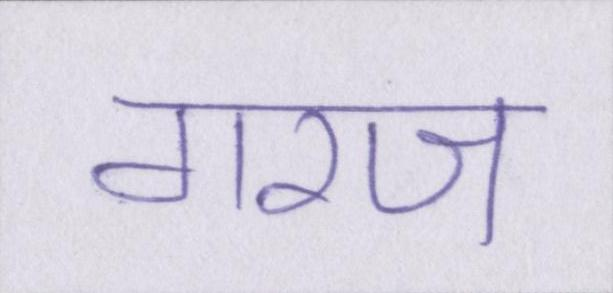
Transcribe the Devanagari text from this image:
गरज